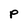
Character: P